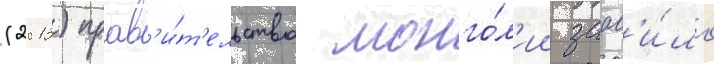
(2013) прав'и́т'ельство монго́л'ии заав'и́ло